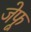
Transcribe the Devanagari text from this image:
जेफू